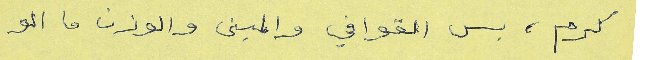
كرم، بس القوافي والمبنى والوزن ما الو